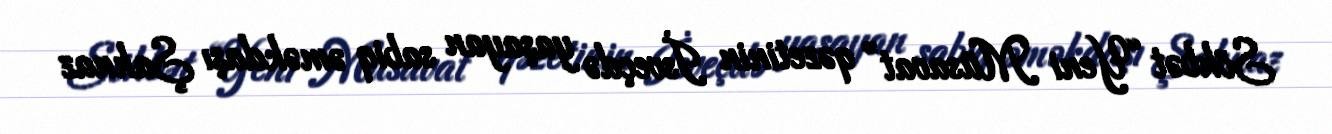
Söhbət “Yeni Müsavat” qəzetinin İsveçdə yaşayan sabiq əməkdaşı Şahnaz